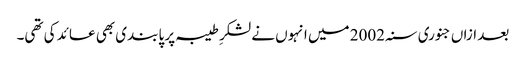
بعد ازاں جنوری سنہ 2002 میں انہوں نے لشکرِ طیبہ پر پابندی بھی عائد کی تھی۔